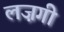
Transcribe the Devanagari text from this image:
लज़गी